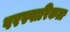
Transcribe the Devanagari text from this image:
परस्पारिकता